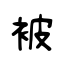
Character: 被